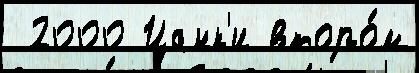
 2000 Цанк'и второ́м